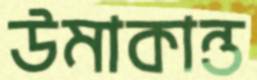
উমাকান্ত